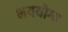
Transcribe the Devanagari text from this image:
भययोग्य